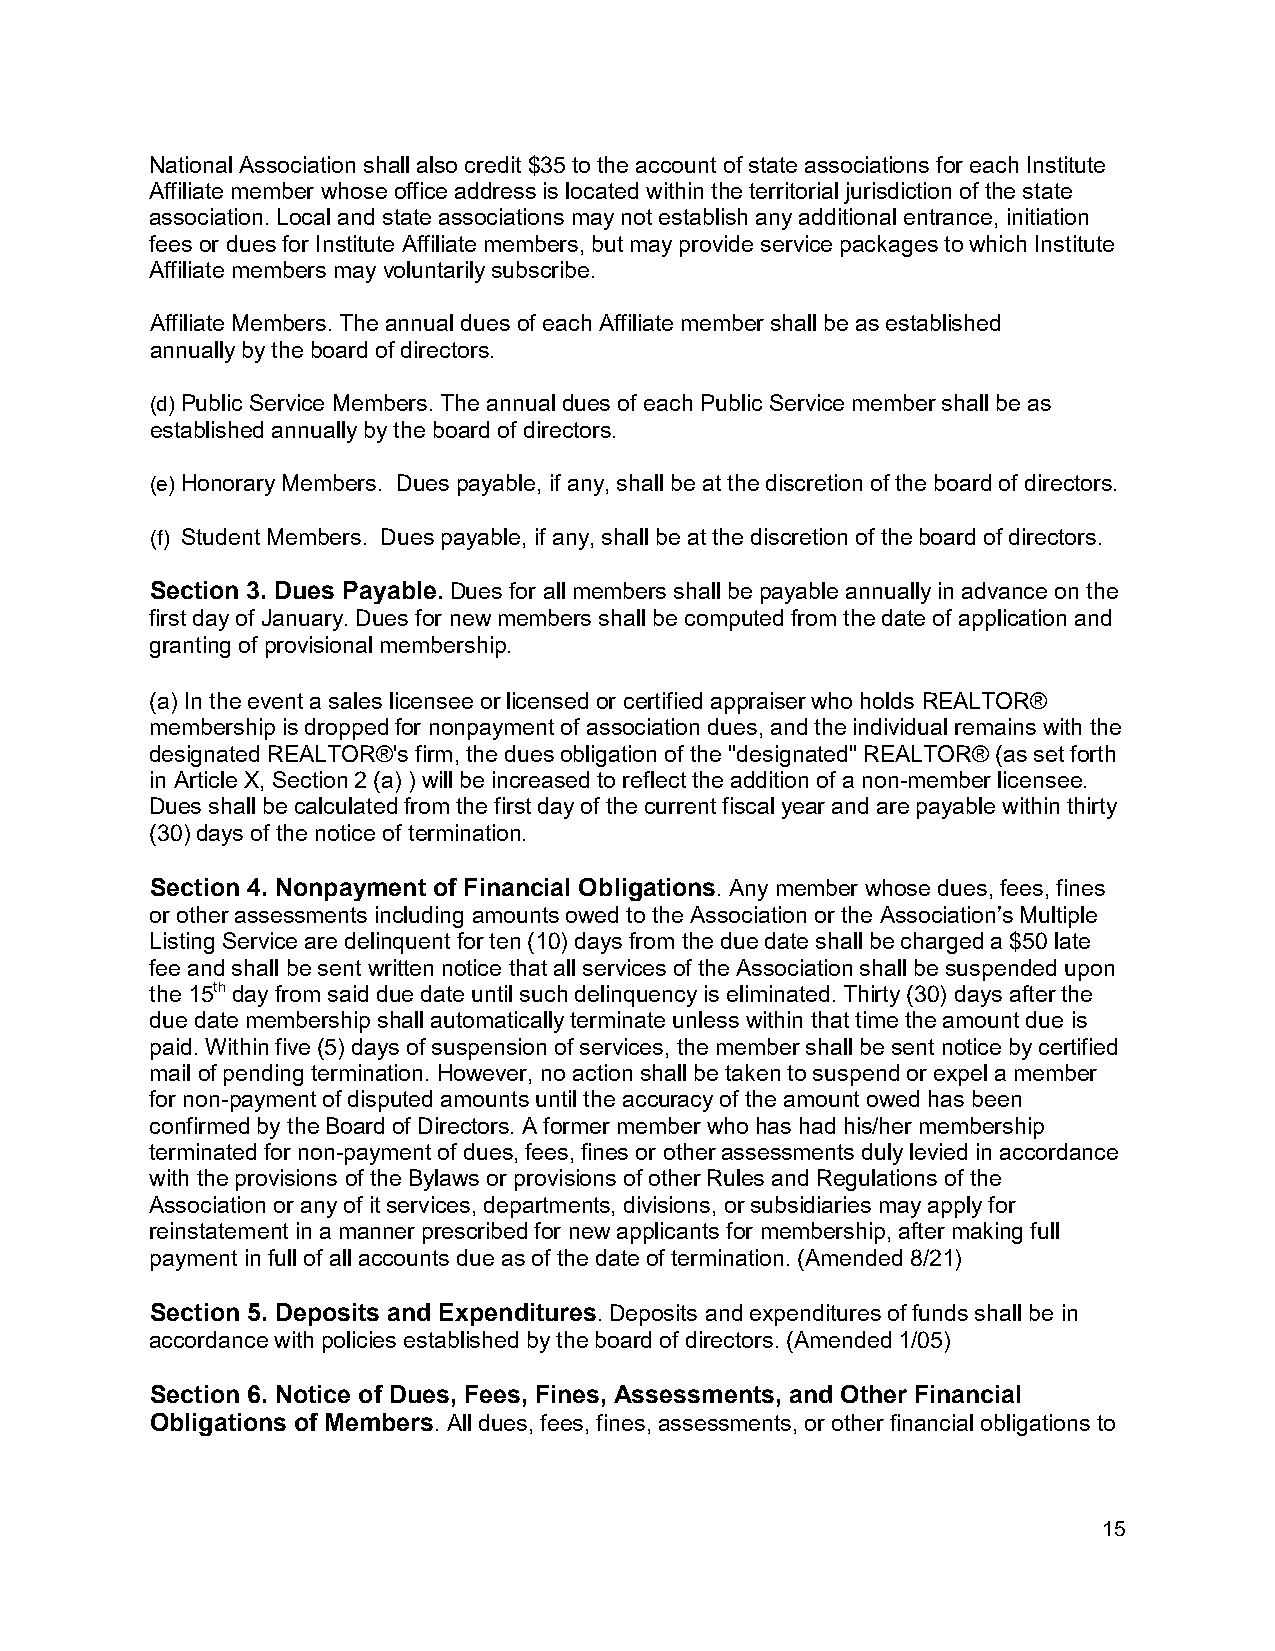
National Association shall also credit $35 to the account of state associations for each Institute
 Affiliate member whose office address is located within the territorial jurisdiction of the state
 association. Local and state associations may not establish any additional entrance, initiation
 fees or dues for Institute Affiliate members, but may provide service packages to which Institute
 Affiliate members may voluntarily subscribe.
 Affiliate Members. The annual dues of each Affiliate member shall be as established
 annually by the board of directors.
 (d) Public Service Members. The annual dues of each Public Service member shall be as
 established annually by the board of directors.
 (e) Honorary Members. Dues payable, if any, shall be at the discretion of the board of directors.
 (f) Student Members. Dues payable, if any, shall be at the discretion of the board of directors.
 Section 3. Dues Payable. Dues for all members shall be payable annually in advance on the
 first day of January. Dues for new members shall be computed from the date of application and
 granting of provisional membership.
 (a) In the event a sales licensee or licensed or certified appraiser who holds REALTOR®
 membership is dropped for nonpayment of association dues, and the individual remains with the
 designated REALTOR®'s firm, the dues obligation of the "designated" REALTOR® (as set forth
 in Article X, Section 2 (a) ) will be increased to reflect the addition of a non-member licensee.
 Dues shall be calculated from the first day of the current fiscal year and are payable within thirty
 (30) days of the notice of termination.
 Section 4. Nonpayment of Financial Obligations. Any member whose dues, fees, fines
 or other assessments including amounts owed to the Association or the Association’s Multiple
 Listing Service are delinquent for ten (10) days from the due date shall be charged a $50 late
 fee and shall be sent written notice that all services of the Association shall be suspended upon
 the 15th day from said due date until such delinquency is eliminated. Thirty (30) days after the
 due date membership shall automatically terminate unless within that time the amount due is
 paid. Within five (5) days of suspension of services, the member shall be sent notice by certified
 mail of pending termination. However, no action shall be taken to suspend or expel a member
 for non-payment of disputed amounts until the accuracy of the amount owed has been
 confirmed by the Board of Directors. A former member who has had his/her membership
 terminated for non-payment of dues, fees, fines or other assessments duly levied in accordance
 with the provisions of the Bylaws or provisions of other Rules and Regulations of the
 Association or any of it services, departments, divisions, or subsidiaries may apply for
 reinstatement in a manner prescribed for new applicants for membership, after making full
 payment in full of all accounts due as of the date of termination. (Amended 8/21)
 Section 5. Deposits and Expenditures. Deposits and expenditures of funds shall be in
 accordance with policies established by the board of directors. (Amended 1/05)
 Section 6. Notice of Dues, Fees, Fines, Assessments, and Other Financial
 Obligations of Members. All dues, fees, fines, assessments, or other financial obligations to
 15